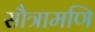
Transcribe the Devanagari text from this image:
सौत्रामणि